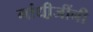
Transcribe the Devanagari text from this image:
गांधी़जींनी